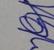
Signature authenticity: genuine